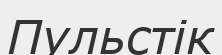
Пульстік